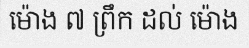
ម៉ោង ៧ ព្រឹក ដល់ ម៉ោង